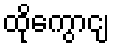
ထိုကွောငျ့